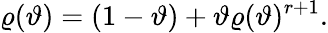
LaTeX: \varrho(\vartheta)=(1-\vartheta)+\vartheta\varrho(\vartheta)^{r+1}.